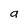
Character: a